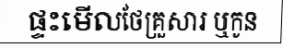
ផ្ទះមើលថែគ្រួសារ ឬកូន